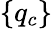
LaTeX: \left\{ q_{c}\right\}